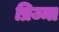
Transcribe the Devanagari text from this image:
प्रिज्मा